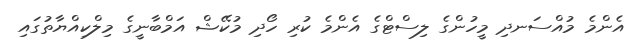
އެންމެ މުއްސަނދި މީހުންގެ ލިސްޓްގެ އެންމެ ކުރި ހޯދި މުކޭޝް އަމްބާނީގެ މިލްކިއްޔާތުގައި